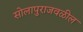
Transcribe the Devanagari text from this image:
सोलापुराजवळील